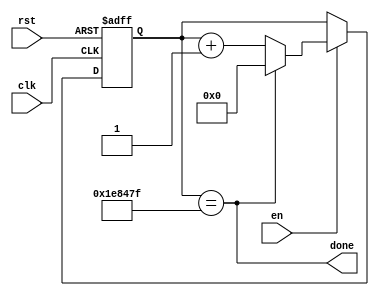
`timescale 1ns / 1ps

module timer_parameter #(parameter FINAL_VALUE = 1999999)(
    input clk,
    input rst,
    input en,
    output done
    );
    
    localparam BITS = $clog2(FINAL_VALUE);

reg [BITS - 1:0] Q_reg, Q_next;

always @ (posedge clk, posedge rst)
begin
    if (rst)
        Q_reg <= 'b0;
    else if(en)
        Q_reg <= Q_next;
    else
        Q_reg <= Q_reg;
end    

assign done = Q_reg == FINAL_VALUE;

always @(clk or en or rst)
    Q_next = done? 'b0: Q_reg + 1;
      
    
endmodule